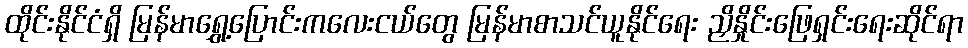
ထိုင်းနိုင်ငံရှိ မြန်မာရွှေ့ပြောင်းကလေးငယ်တွေ မြန်မာစာသင်ယူနိုင်ရေး ညှိနှိုင်းဖြေရှင်းရေးဆိုင်ရာ